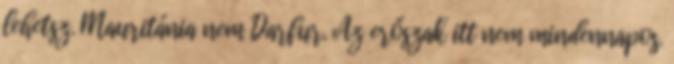
lehetsz. Mauritánia nem Darfur. Az erőszak itt nem mindennapos.